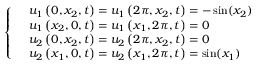
\left\{ \begin{array} { r l } & { u _ { 1 } \left( 0 , { { x } _ { 2 } } , t \right) = u _ { 1 } \left( 2 \pi , { { x } _ { 2 } } , t \right) = - \sin ( x _ { 2 } ) } \\ & { u _ { 1 } \left( { { x } _ { 2 } } , 0 , t \right) = u _ { 1 } \left( { { x } _ { 1 } } , 2 \pi , t \right) = 0 } \\ & { u _ { 2 } \left( 0 , { { x } _ { 2 } } , t \right) = u _ { 2 } \left( 2 \pi , { { x } _ { 2 } } , t \right) = 0 } \\ & { u _ { 2 } \left( { { x } _ { 1 } } , 0 , t \right) = u _ { 2 } \left( { { x } _ { 1 } } , 2 \pi , t \right) = \sin ( x _ { 1 } ) } \end{array} \right.